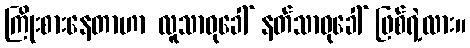
ကြိုးစားနေတာဟာ လူသာဓုခေါ် နတ်သာဓုခေါ် ဖြစ်ရဲ့လား။